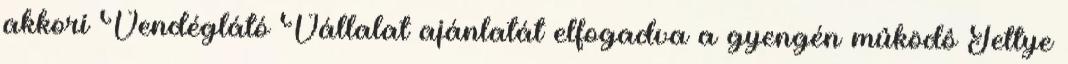
akkori Vendéglátó Vállalat ajánlatát elfogadva a gyengén mûködô Tettye